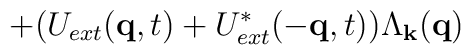
+ (U_{ext}({\bf{q}},t)+ U^{*}_{ext}(-{\bf{q}},t))\Lambda_{ {\bf{k}} }({\bf{q}})